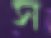
স